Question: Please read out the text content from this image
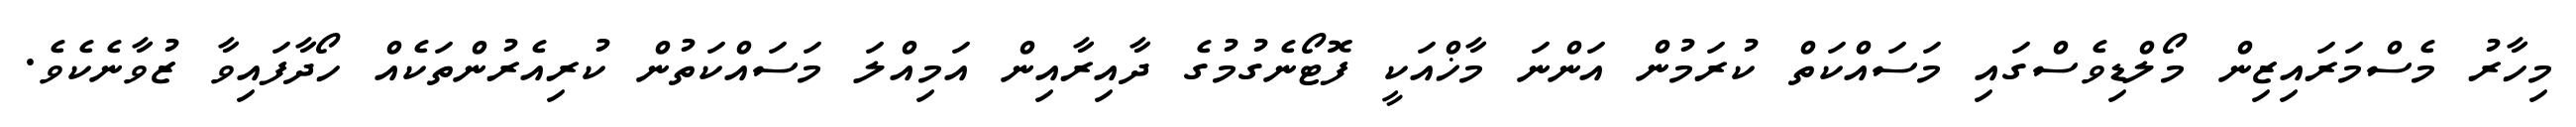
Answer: މިހާރު މެސްމަރައިޒިން މޯލްޑިވެސްގައި މަސައްކަތް ކުރަމުން އަންނަ މާޚްއަކީ ފޮޓޯނެގުމުގެ ދާއިރާއިން އަމިއްލަ މަސައްކަތުން ކުރިއެރުންތަކެއް ހޯދާފައިވާ ޒުވާނެކެވެ.